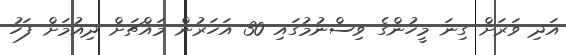
އަދި ވަރަށް ގިނަ މީހުންގެ ވިސްނުމުގައި 30 އަހަރުން މައްޗަށް ދިއުމަށް ފަހު